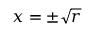
x = \pm { \sqrt { r } }